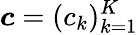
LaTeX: {\boldsymbol{c}}=(c_{k})_{k=1}^{K}